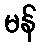
မန်